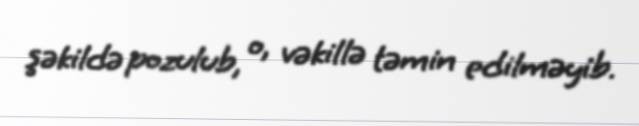
şəkildə pozulub, o, vəkillə təmin edilməyib.